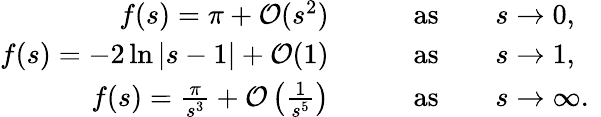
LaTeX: \begin{array}{rl}{f(s)=\pi+\mathcal{O}(s^{2})}&{\qquad\mathrm{as}\qquad s\to 0,}\\ {f(s)=-2\ln|s-1|+\mathcal{O}(1)}&{\qquad\mathrm{as}\qquad s\to 1,}\\ {f(s)=\frac{\pi}{s^{3}}+\mathcal{O}\left(\frac{1}{s^{5}}\right)}&{\qquad\mathrm{as}\qquad s\to\infty.\ }\end{array}